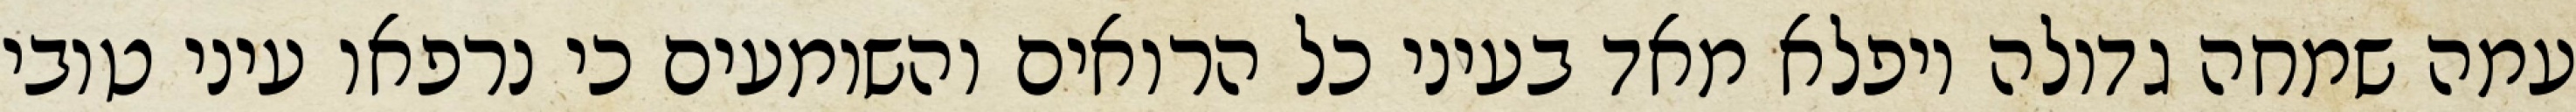
עמה שמחה גדולה ויפלא מאד בעיני כל הרואים והשומעים כי נרפאו עיני טובי